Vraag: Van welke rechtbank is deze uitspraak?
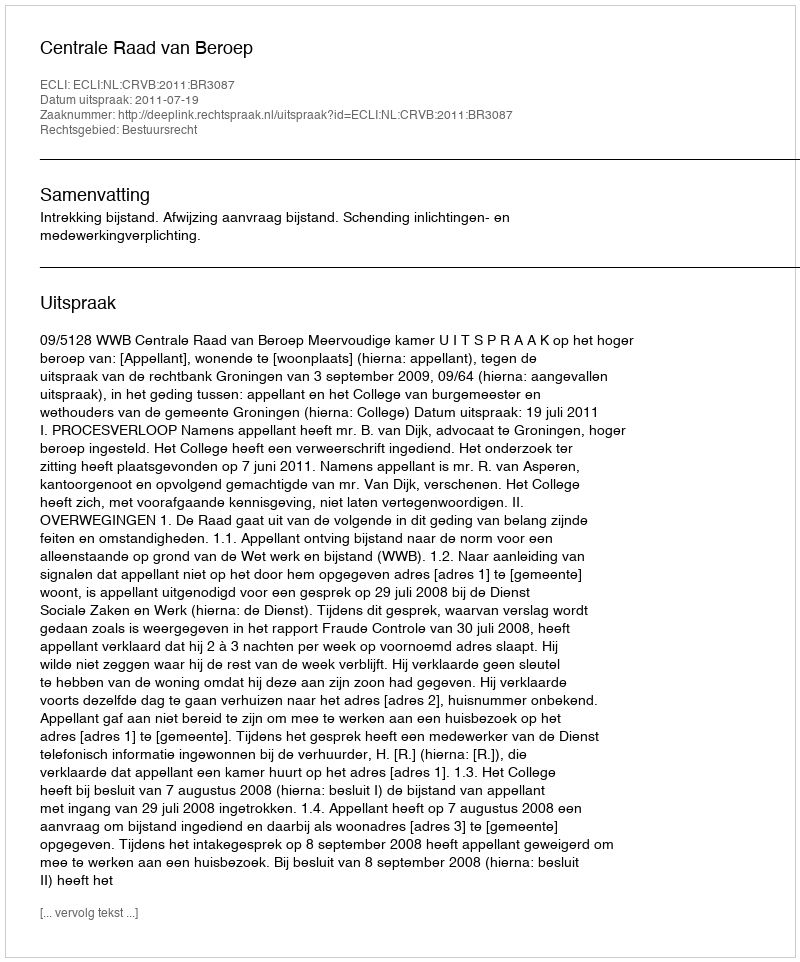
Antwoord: Centrale Raad van Beroep